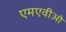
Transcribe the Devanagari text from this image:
एमएवीओ